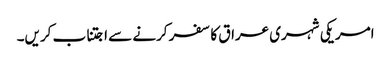
امریکی شہری عراق کا سفر کرنے سے اجتناب کریں۔